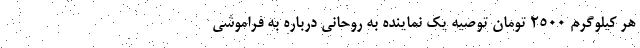
هر کیلوگرم 2500 تومان توصیه یک نماینده به روحانی درباره به فراموشی